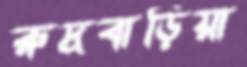
রুদ্রবাড়িয়া